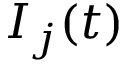
I _ { j } ( t )